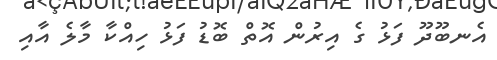
އެނބޫދޫ ފަޅު ގެ އިރުން އޮތް ބޮޑު ފަޅު ހިއްކާ މާލެ އާއި